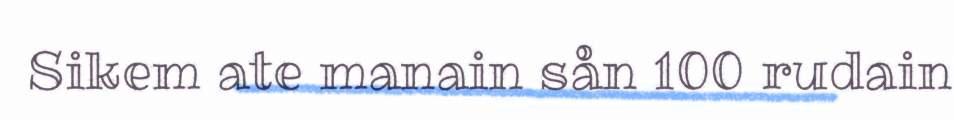
Sikem ate manain sån 100 rudain